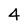
Character: 4